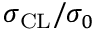
\sigma _ { \mathrm { C L } } / \sigma _ { 0 }